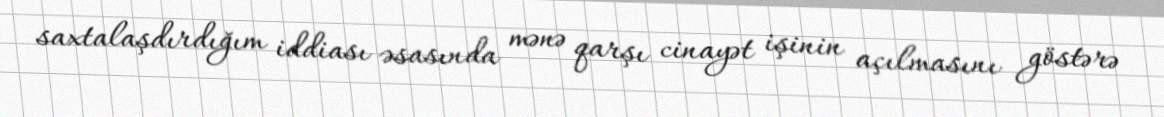
saxtalaşdırdığım iddiası əsasında mənə qarşı cinayət işinin açılmasını göstərə